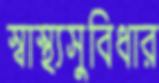
স্বাস্থ্যসুবিধার